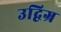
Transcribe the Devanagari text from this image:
उद्विग्र